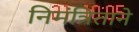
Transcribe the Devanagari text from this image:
निमंत्रिताने